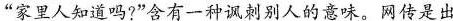
”家里人知道吗?”含有一种讽刺别人的意味。网传是出